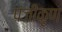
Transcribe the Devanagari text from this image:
पंजीकृण